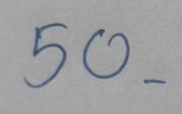
50